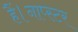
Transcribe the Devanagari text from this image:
हैं।नाप्स्टर